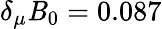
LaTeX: \delta_{\mu}\mathit{B}_{0}=0.087